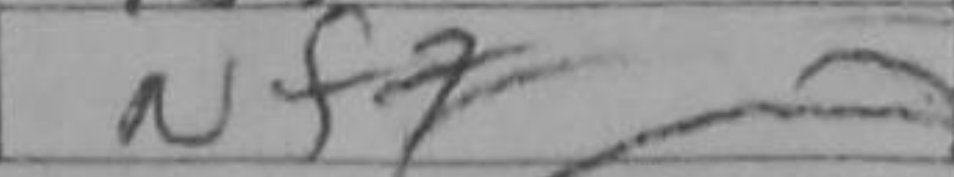
Transcription: Nf7